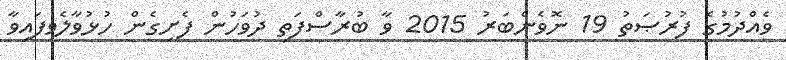
ވެއްދުމުގެ ފުރުޞަތު 19 ނޮވެންބަރު 2015 ވާ ބުރާސްފަތި ދުވަހުން ފެށިގެން ހުޅުވާލެވިފައިވާ